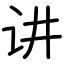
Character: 讲